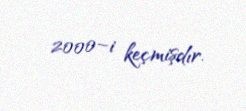
2000–i keçmişdır.